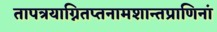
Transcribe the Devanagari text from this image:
तापत्रयाग्नितप्तनामशान्तप्राणिनां